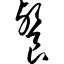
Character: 餮